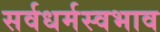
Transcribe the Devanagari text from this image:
सर्वधर्मस्वभाव